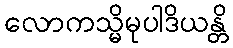
လောကသ္မိမုပါဒိယန္တိ